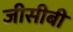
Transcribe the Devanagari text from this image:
जीसीबी